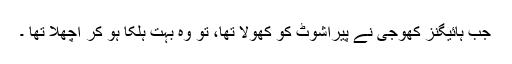
جب ہائیگنز کھوجی نے پیراشوٹ کو کھولا تھا، تو وہ بہت ہلکا ہو کر اچھلا تھا ۔